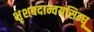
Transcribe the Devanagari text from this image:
भृशबदान्वयसिन्धू